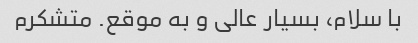
با سلام، بسیار عالی و به موقع. متشکرم